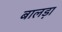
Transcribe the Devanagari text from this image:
बालड़ा